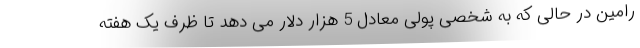
رامین در حالی که به شخصی پولی معادل 5 هزار دلار می دهد تا ظرف یک هفته